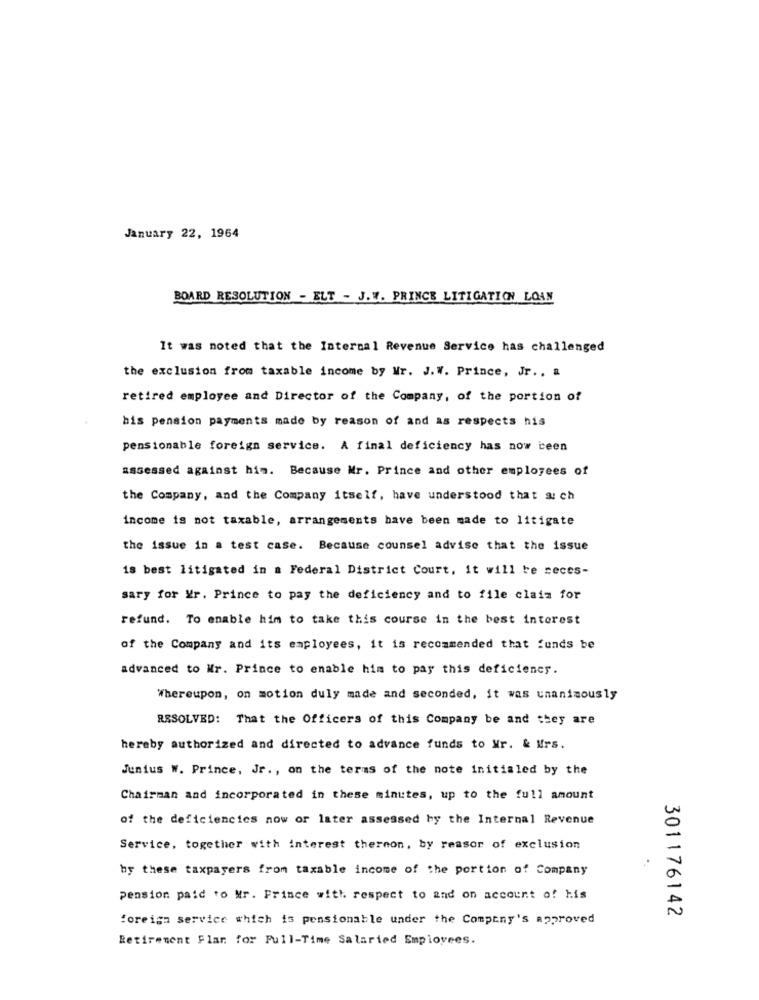
January 22, 1964
BOARD RESOLUTION - ELT - J.W. PRINCE LITIGATION LOAN
It was noted that the Internal Revenue Service has challenged
the exclusion from taxable income by Mr. J.W. Prince, Jr ., &
retired employee and Director of the Company, of the portion of
his pension payments made by reason of and as respects his
pensionable foreign service. A final deficiency has now been
assessed against him. Because Mr. Prince and other employees of
the Company, and the Company itself, have understood that a: ch
income is not taxable, arrangements have been made to litigate
the issue in a test case. Because counsel advise that the issue
is best litigated in a Federal District Court, it will be reces-
sary for Mr. Prince to pay the deficiency and to file claim for
refund. To enable him to take this course in the best interest
of the Company and its employees, it is recommended that funds be
advanced to Mr. Prince to enable him to pay this deficiency.
Whereupon, on motion duly made and seconded, it was unanimously
RESOLVED: That the Officers of this Company be and they are
hereby authorized and directed to advance funds to Mr. & Mrs.
Junius W. Prince, Jr ., on the terms of the note initialed by the
Chairman and incorporated in these minutes, up to the full amount
of the deficiencies now or later assessed by the Internal Revenue
Service, together with interest thermon, by reasor of exclusion
by these taxpayers from taxable income of the portion of Company
pension paid to Mr. Frince with respect to and on account of his
foreign service which is pensionable under the Company's approved
301176142
Retirement Flar for Full-Time Salaried Employees.